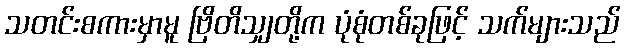
သတင်းစကားမှာမူ ဗြိတိသျှတို့က ပုံစုံတစ်ခုဖြင့် သက်များသည်